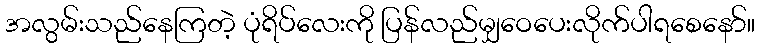
အလွမ်းသည်နေကြတဲ့ ပုံရိပ်လေးကို ပြန်လည်မျှဝေပေးလိုက်ပါရစေနော်။